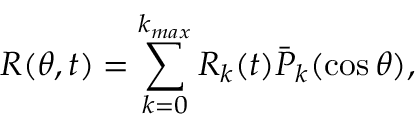
R ( \theta , t ) = \sum _ { k = 0 } ^ { k _ { m a x } } R _ { k } ( t ) \bar { P } _ { k } ( \cos \theta ) ,